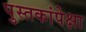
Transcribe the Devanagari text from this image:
पुस्तकांपेक्षा